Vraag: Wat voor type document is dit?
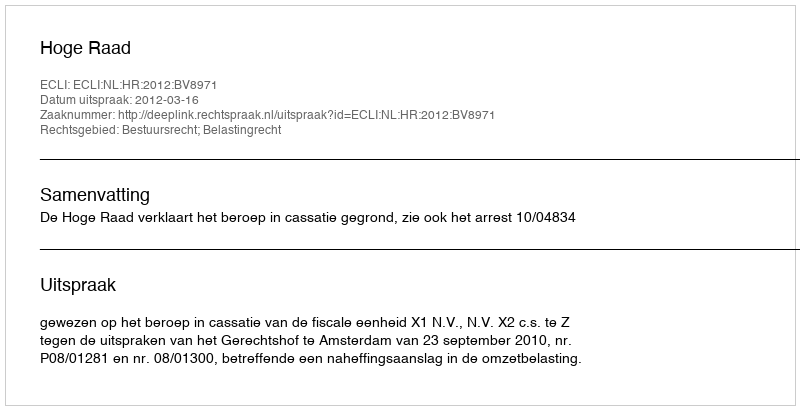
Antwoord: Uitspraak